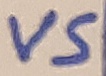
Text: VS